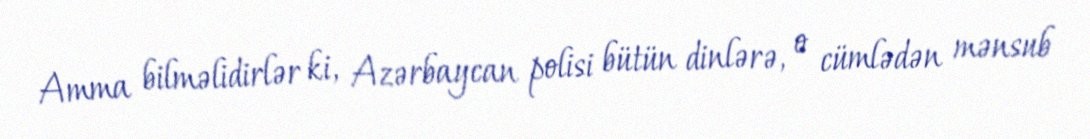
Amma bilməlidirlər ki, Azərbaycan polisi bütün dinlərə, o cümlədən mənsub